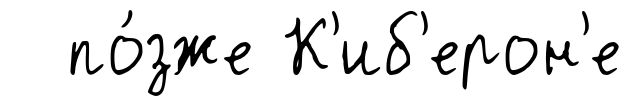
по́зже К'иб'ерон'е